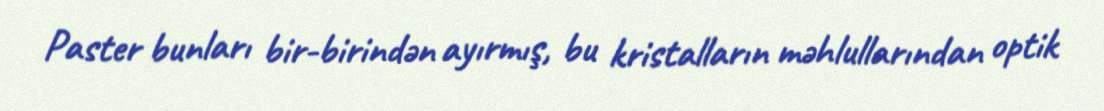
Paster bunları bir-birindən ayırmış, bu kristalların məhlullarından optik